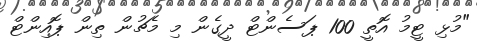
"މުޅި ޓީމު އޮތީ 100 ޕަސެންޓް ދީގެން މި މެޗުން ތިން ޕޮއިންޓް